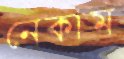
নেকাম